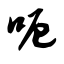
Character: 呃